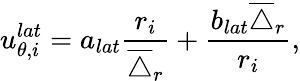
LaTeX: u_{{\theta},i}^{lat}=a_{lat}\frac{r_{i}}{\overline{{\triangle}}_{r}}+\frac{b_{lat}\overline{{\triangle}}_{r}}{r_{i}},